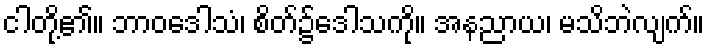
ငါတို့၏။ ဘာဝဒေါသံ၊ စိတ်၌ဒေါသကို။ အနညာယ၊ မသိဘဲလျက်။